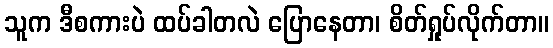
သူက ဒီစကားပဲ ထပ်ခါတလဲ ပြောနေတာ၊ စိတ်ရှုပ်လိုက်တာ။